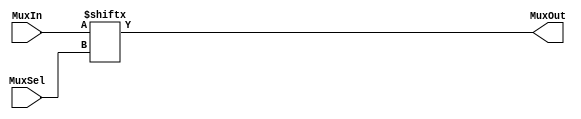
`timescale 1ns / 1ps
//////////////////////////////////////////////////////////////////////////////////
// Company: 
// Engineer: 
// 
// Design Name: 
// Module Name:    nbit_mux 
// Project Name: 
// Target Devices: 
// Tool versions: 
// Description: 
//
// Dependencies: 
//
// Revision: 
// Revision 0.01 - File Created
// Additional Comments: 
//
//////////////////////////////////////////////////////////////////////////////////
module nbit_mux(MuxIn,   // Mux input: 2^SELECT_WIDTH bits.
                MuxOut,  // Mux output: 1 bit.
					 MuxSel); // Mux select lines: SELECT_WIDTH bits.

// Specifies the select line width.
parameter SELECT_WIDTH = 3;

//-------------Input Ports-----------------------------
input  [2 ** SELECT_WIDTH-1:0] MuxIn;
input  [SELECT_WIDTH-1:0] MuxSel;
//-------------Output Ports----------------------------
output MuxOut;
//-------------Wires-----------------------------------
//-------------Other-----------------------------------
//------------Code Starts Here-------------------------
assign MuxOut = MuxIn[MuxSel];
endmodule